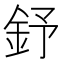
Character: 𨥤